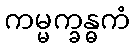
ကမ္မက္ခန္ဓကံ